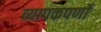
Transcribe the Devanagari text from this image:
व्यापकपर्णो